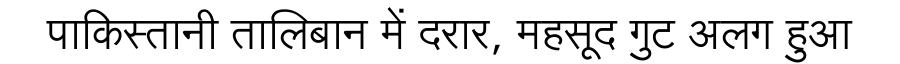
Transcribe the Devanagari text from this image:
पाकिस्तानी तालिबान में दरार, महसूद गुट अलग हुआ